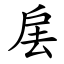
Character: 㧁